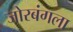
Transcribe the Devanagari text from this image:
जोरबंगला